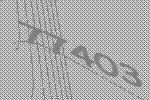
77403